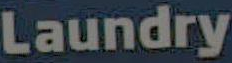
Laundry